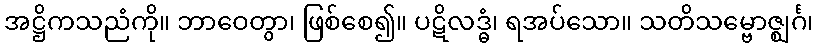
အဋ္ဌိကသညံကို။ ဘာဝေတွာ၊ ဖြစ်စေ၍။ ပဋိလဒ္ဓံ၊ ရအပ်သော။ သတိသမ္ဗောဇ္ဈင်္ဂ၊